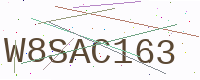
Text: W8SAC163